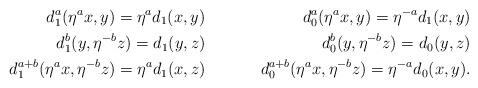
LaTeX: \begin{align*} d^{a}_1(\eta^a x, y)=\eta^a d_1( x,y ) &\quad& d^{a}_0(\eta^a x, y)=\eta^{-a} d_1(x,y)\\ d^{b}_1 (y,\eta^{-b}z) = d_{1}(y,z) &\quad& d^{b}_0 (y,\eta^{-b}z) = d_{0}(y,z)\\ d_{1}^{a+b}(\eta^a x, \eta^{-b}z) = \eta^a d_1(x,z) &\quad& d_{0}^{a+b}(\eta^a x, \eta^{-b}z) = \eta^{-a} d_0(x,y).\end{align*}